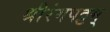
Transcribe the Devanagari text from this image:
श्रीरंगपट्टम्